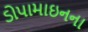
ડોપામાઇનના